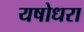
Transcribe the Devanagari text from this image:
यषोधरा